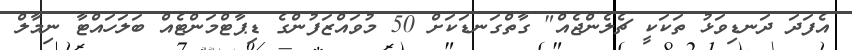
އެފަދަ ދަނޑިވަޅު ތަކަކީ ޗެލެންޖެއް" ގާތްގަނޑަކަށް 50 މުވައްޒަފުންގެ ޑިޕާޓްމަންޓެއް ބަލަހައްޓާ ނިމާލް